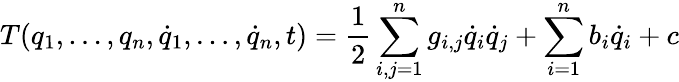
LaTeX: T(q_{1},\dots,q_{n},{\dot{q}}_{1},\dots,{\dot{q}}_{n},t)=\frac{1}{2}\sum_{i,j=1}^{n}g_{i,j}{\dot{q}}_{i}{\dot{q}}_{j}+\sum_{i=1}^{n}b_{i}{\dot{q}}_{i}+c